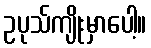
ဥပုသ်ကျိုးမှာပေါ့။